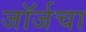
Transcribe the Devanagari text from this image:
जॉर्जचा